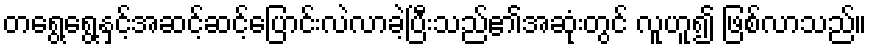
တရွေ့ရွေ့နှင့်အဆင့်ဆင့်ပြောင်းလဲလာခဲ့ပြီးသည်၏အဆုံးတွင် လူဟူ၍ ဖြစ်လာသည်။